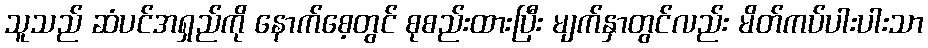
သူသည် ဆံပင်အရှည်ကို နောက်စေ့တွင် စုစည်းထားပြီး မျက်နှာတွင်လည်း မိတ်ကပ်ပါးပါးသာ